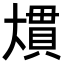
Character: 𭑠